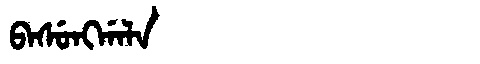
Manchu: ᠪᠠᠰᡠᠩᡤᠠᠯᠠ
Romanization: BASUNGGALA